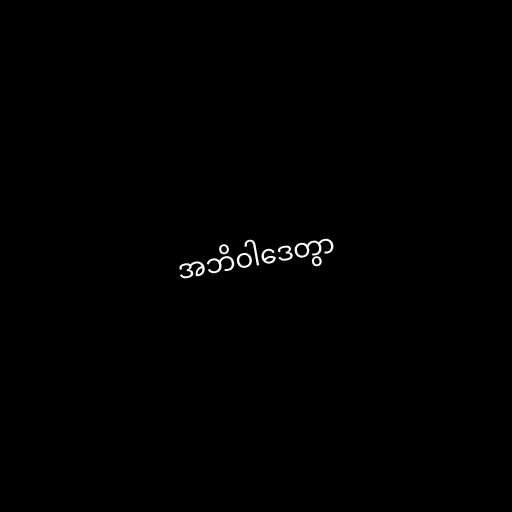
အဘိဝါဒေတွာ